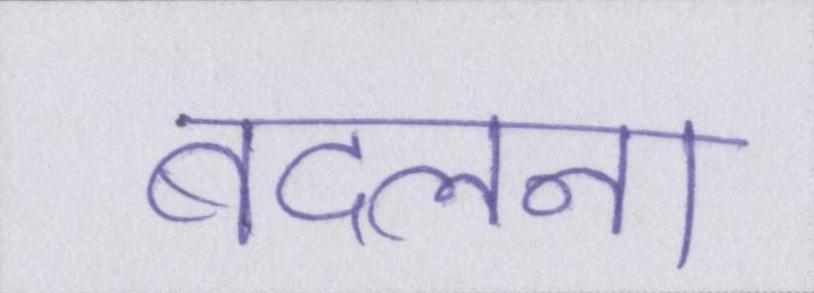
बदलना